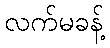
လက်မခန့်